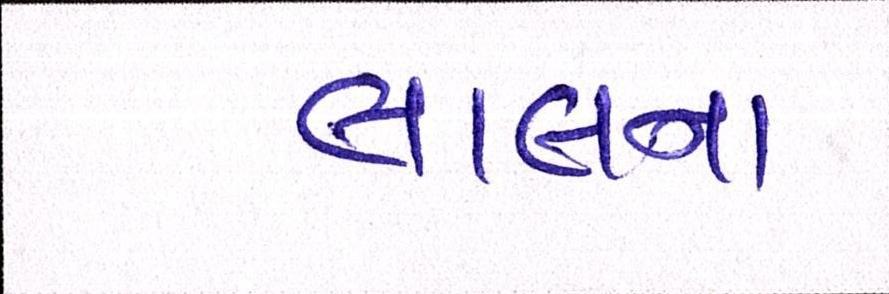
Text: લાલના